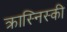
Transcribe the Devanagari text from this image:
क्रास्निस्की